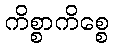
ကိစ္စာကိစ္စေ